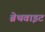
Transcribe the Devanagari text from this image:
ब्रेथवाइट